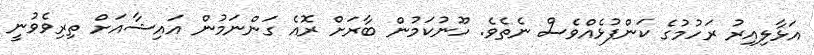
އަޅާލިއިރު ރަހުމުގެ ކަންފުޅެއްވެސް ނެތެވެ. ހޫނުކަމުން ބާރަށް ރޮއެ ގަންނަމުން އައިޝާއަށް ތިރިވެވުނީ